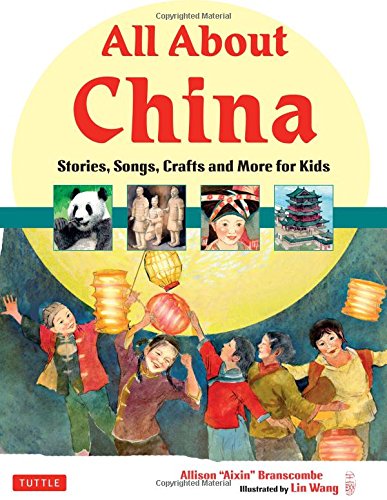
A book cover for All About China: Stories, Songs, Crafts and More for Kids; Allison Branscombe; Children's Books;